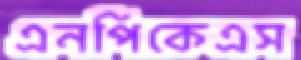
এনপিকেএস